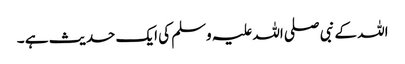
اللہ کے نبی صلی اللہ علیہ وسلم کی ایک حدیث ہے ۔